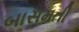
બાસમતી